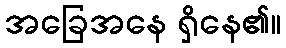
အခြေအနေ ရှိနေ၏။